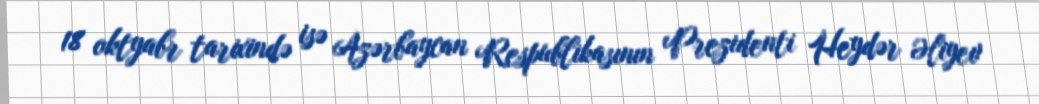
18 oktyabr tarixində isə Azərbaycan Respublikasının Prezidenti Heydər Əliyev